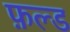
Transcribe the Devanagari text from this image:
फ़ल्ड